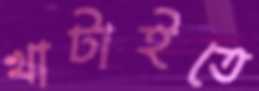
খাটাইতে